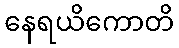
နေရယိကောတိ